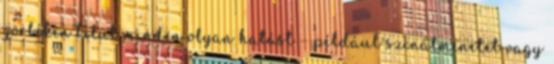
görbéken belül minden olyan hatást – például színátmenetet vagy